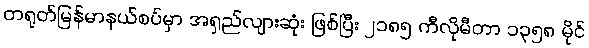
တရုတ်မြန်မာနယ်စပ်မှာ အရှည်လျားဆုံး ဖြစ်ပြီး ၂၁၈၅ ကီလိုမီတာ ၁၃၅၈ မိုင်